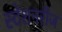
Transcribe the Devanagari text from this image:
स्टेशनरीज